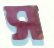
স